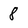
Character: 8